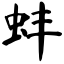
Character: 蚌